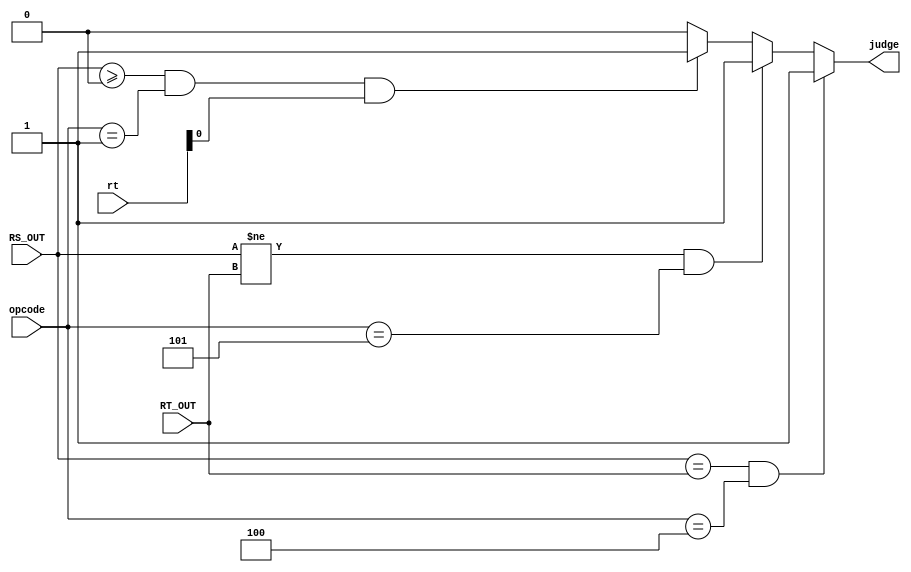
module compare(
    input [31:0] RS_OUT,
    input [31:0] RT_OUT,
    input [5:0] opcode,
	 input [4:0] rt,
	 output judge
    );
	 assign judge=(RS_OUT==RT_OUT&&opcode==6'b000100)?1:
					  (RS_OUT!=RT_OUT&&opcode==6'b000101)?1:
					  (RS_OUT>=0&&opcode==6'b000001&&rt[0])?1:
						0;			  

endmodule